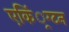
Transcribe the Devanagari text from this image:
एकिं्रग्टन